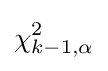
\chi _{k-1,\alpha }^{2}